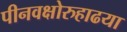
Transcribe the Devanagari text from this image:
पीनवक्षोरुहाढया